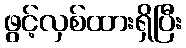
ဖွင့်လှစ်ထားရှိပြီး